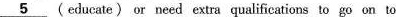
\underline{5} ( educate) or need extra qualifications to go on to